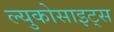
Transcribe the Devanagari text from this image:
ल्युकोसाइट्स